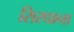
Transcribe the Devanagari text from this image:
सिरधाना